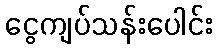
ငွေကျပ်သန်းပေါင်း